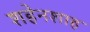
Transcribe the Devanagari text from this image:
शहेनशाह